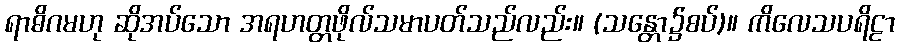
ရာဓိဂမဟု ဆိုအပ်သော အရဟတ္တဖိုလ်သမာပတ်သည်လည်း။ (သန္တော၌စပ်)။ ကိလေသပရိဠာ